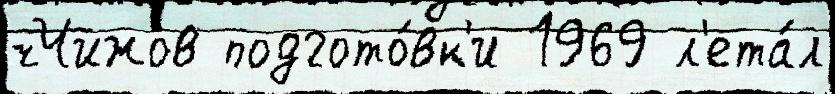
чЧижов подгото́вк'и 1969 л'ета́л